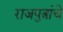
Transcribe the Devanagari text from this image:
राजपुत्रांचे